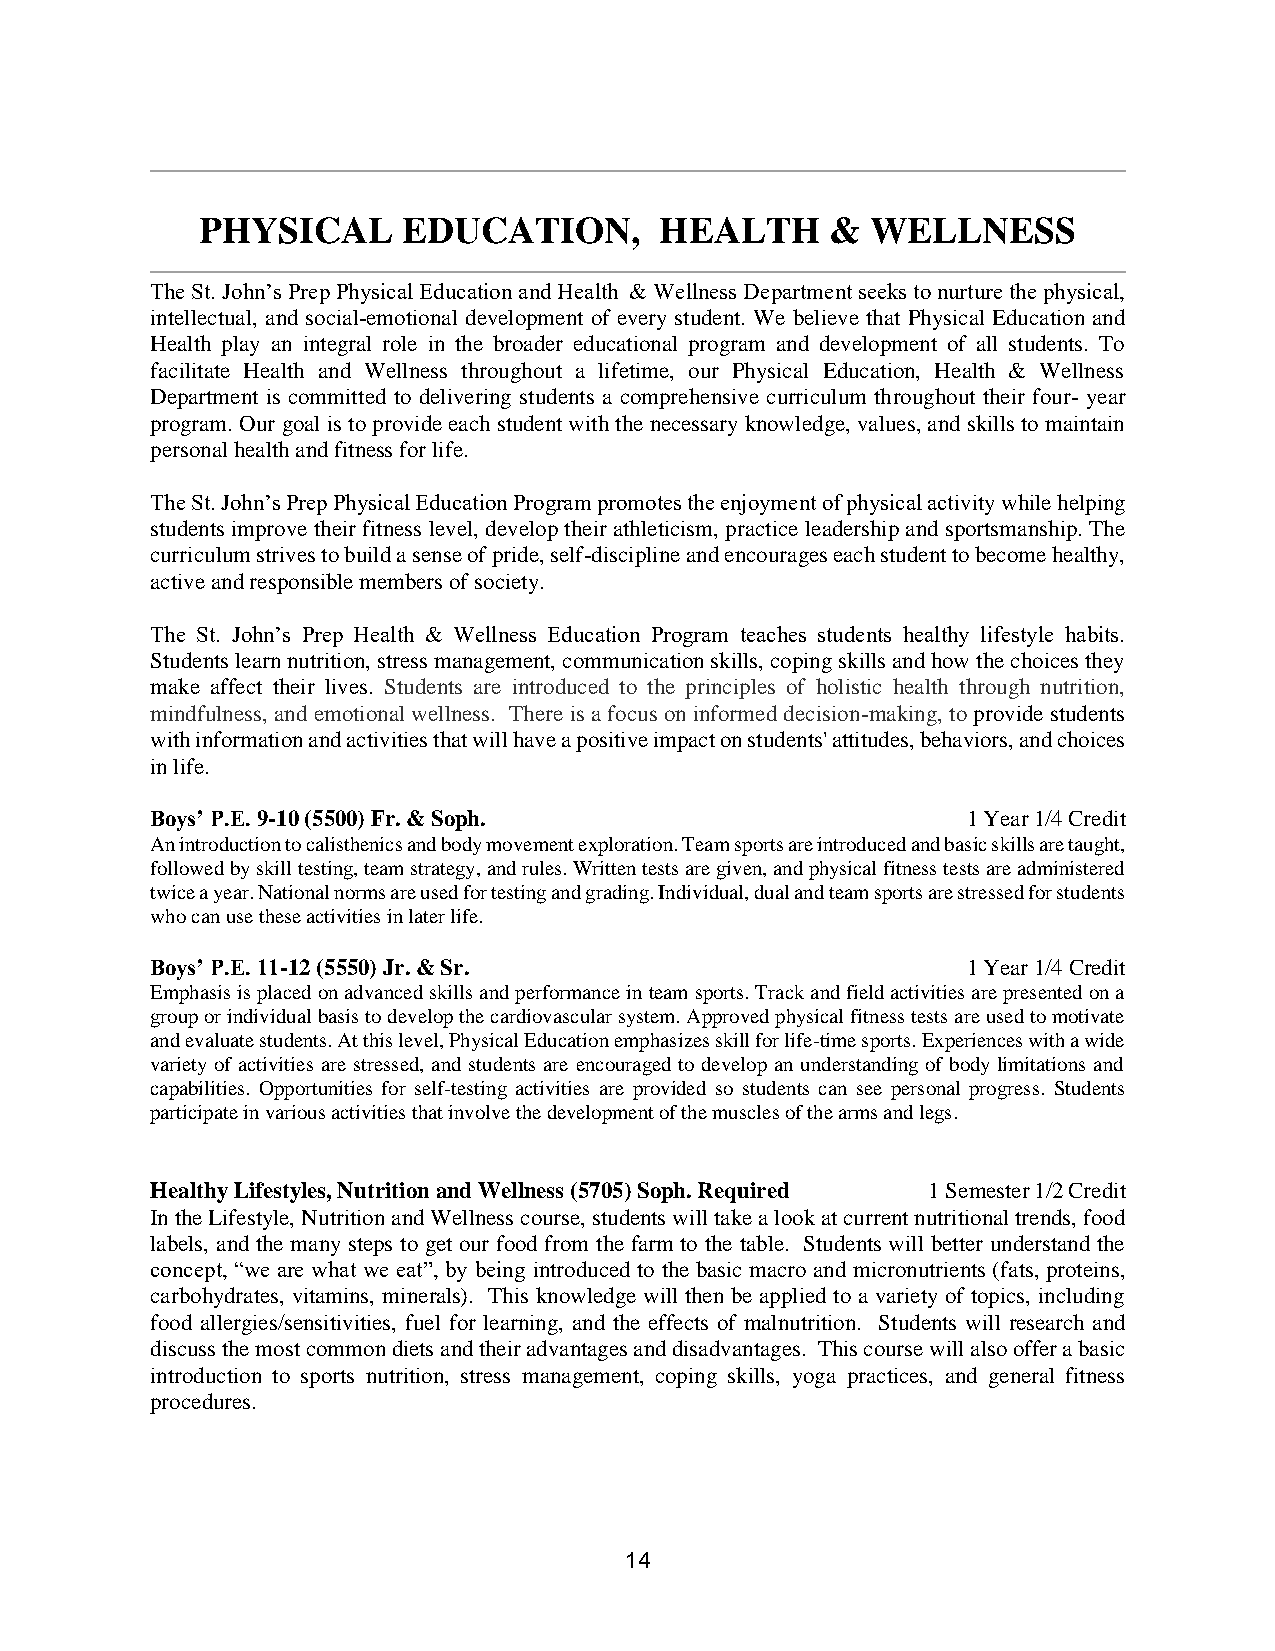
PHYSICAL      EDUCATION,       HEALTH     &  WELLNESS
 The St. John’s Prep Physical Education and Health & Wellness Department seeks to nurture the physical,
 intellectual, and social-emotional development of every student. We believe that Physical Education and
 Health play an integral role in the broader educational program and development of all students. To
 facilitate Health and Wellness throughout a lifetime, our Physical Education, Health & Wellness
 Department is committed to delivering students a comprehensive curriculum throughout their four- year
 program. Our goal is to provide each student with the necessary knowledge, values, and skills to maintain
 personal health and fitness for life.
 The St. John’s Prep Physical Education Program promotes the enjoyment of physical activity while helping
 students improve their fitness level, develop their athleticism, practice leadership and sportsmanship. The
 curriculum strives to build a sense of pride, self-discipline and encourages each student to become healthy,
 active and responsible members of society.
 The St. John’s Prep Health & Wellness Education Program teaches students healthy lifestyle habits.
 Students learn nutrition, stress management, communication skills, coping skills and how the choices they
 make affect their lives. Students are introduced to the principles of holistic health through nutrition,
 mindfulness, and emotional wellness. There is a focus on informed decision-making, to provide students
 with information and activities that will have a positive impact on students' attitudes, behaviors, and choices
 in life.
 Boys’ P.E. 9-10 (5500) Fr. & Soph.                    1 Year 1/4 Credit
 An introduction to calisthenics and body movement exploration. Team sports are introduced and basic skills are taught,
 followed by skill testing, team strategy, and rules. Written tests are given, and physical fitness tests are administered
 twice a year. National norms are used for testing and grading. Individual, dual and team sports are stressed for students
 who can use these activities in later life.
 Boys’ P.E. 11-12 (5550) Jr. & Sr.                     1 Year 1/4 Credit
 Emphasis is placed on advanced skills and performance in team sports. Track and field activities are presented on a
 group or individual basis to develop the cardiovascular system. Approved physical fitness tests are used to motivate
 and evaluate students. At this level, Physical Education emphasizes skill for life-time sports. Experiences with a wide
 variety of activities are stressed, and students are encouraged to develop an understanding of body limitations and
 capabilities. Opportunities for self-testing activities are provided so students can see personal progress. Students
 participate in various activities that involve the development of the muscles of the arms and legs.
 Healthy Lifestyles, Nutrition and Wellness (5705) Soph. Required 1 Semester 1/2 Credit
 In the Lifestyle, Nutrition and Wellness course, students will take a look at current nutritional trends, food
 labels, and the many steps to get our food from the farm to the table. Students will better understand the
 concept, “we are what we eat”, by being introduced to the basic macro and micronutrients (fats, proteins,
 carbohydrates, vitamins, minerals). This knowledge will then be applied to a variety of topics, including
 food allergies/sensitivities, fuel for learning, and the effects of malnutrition. Students will research and
 discuss the most common diets and their advantages and disadvantages. This course will also offer a basic
 introduction to sports nutrition, stress management, coping skills, yoga practices, and general fitness
 procedures.
 14